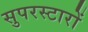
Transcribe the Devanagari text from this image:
सुपरस्टारों